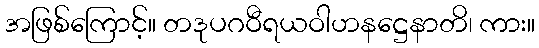
အဖြစ်ကြောင့်။ တဒုပဂဝီရယဝါဟနဋ္ဌေနာတိ၊ ကား။